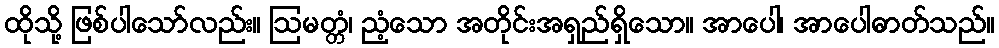
ထိုသို့ ဖြစ်ပါသော်လည်း။ ဩမတ္တံ၊ ညံ့သော အတိုင်းအရှည်ရှိသော။ အာပေါ၊ အာပေါဓာတ်သည်။